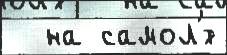
  на самол'́т